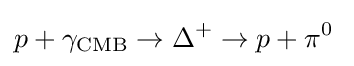
p+\gamma _{\text{CMB}}\to \Delta ^{+}\to p+\pi ^{0}\;